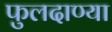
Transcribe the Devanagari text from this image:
फुलदाण्या